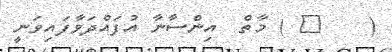
(    ٦ ) މާތް  އިންސާނާ އުފައްދަވާފައިވަނީ